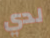
لدي